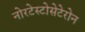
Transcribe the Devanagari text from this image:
नोरटेस्टोसेटेरोन